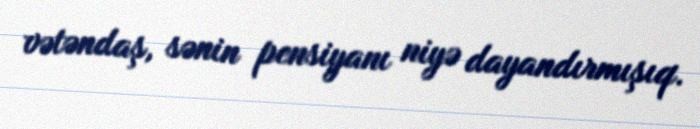
vətəndaş, sənin pensiyanı niyə dayandırmışıq.